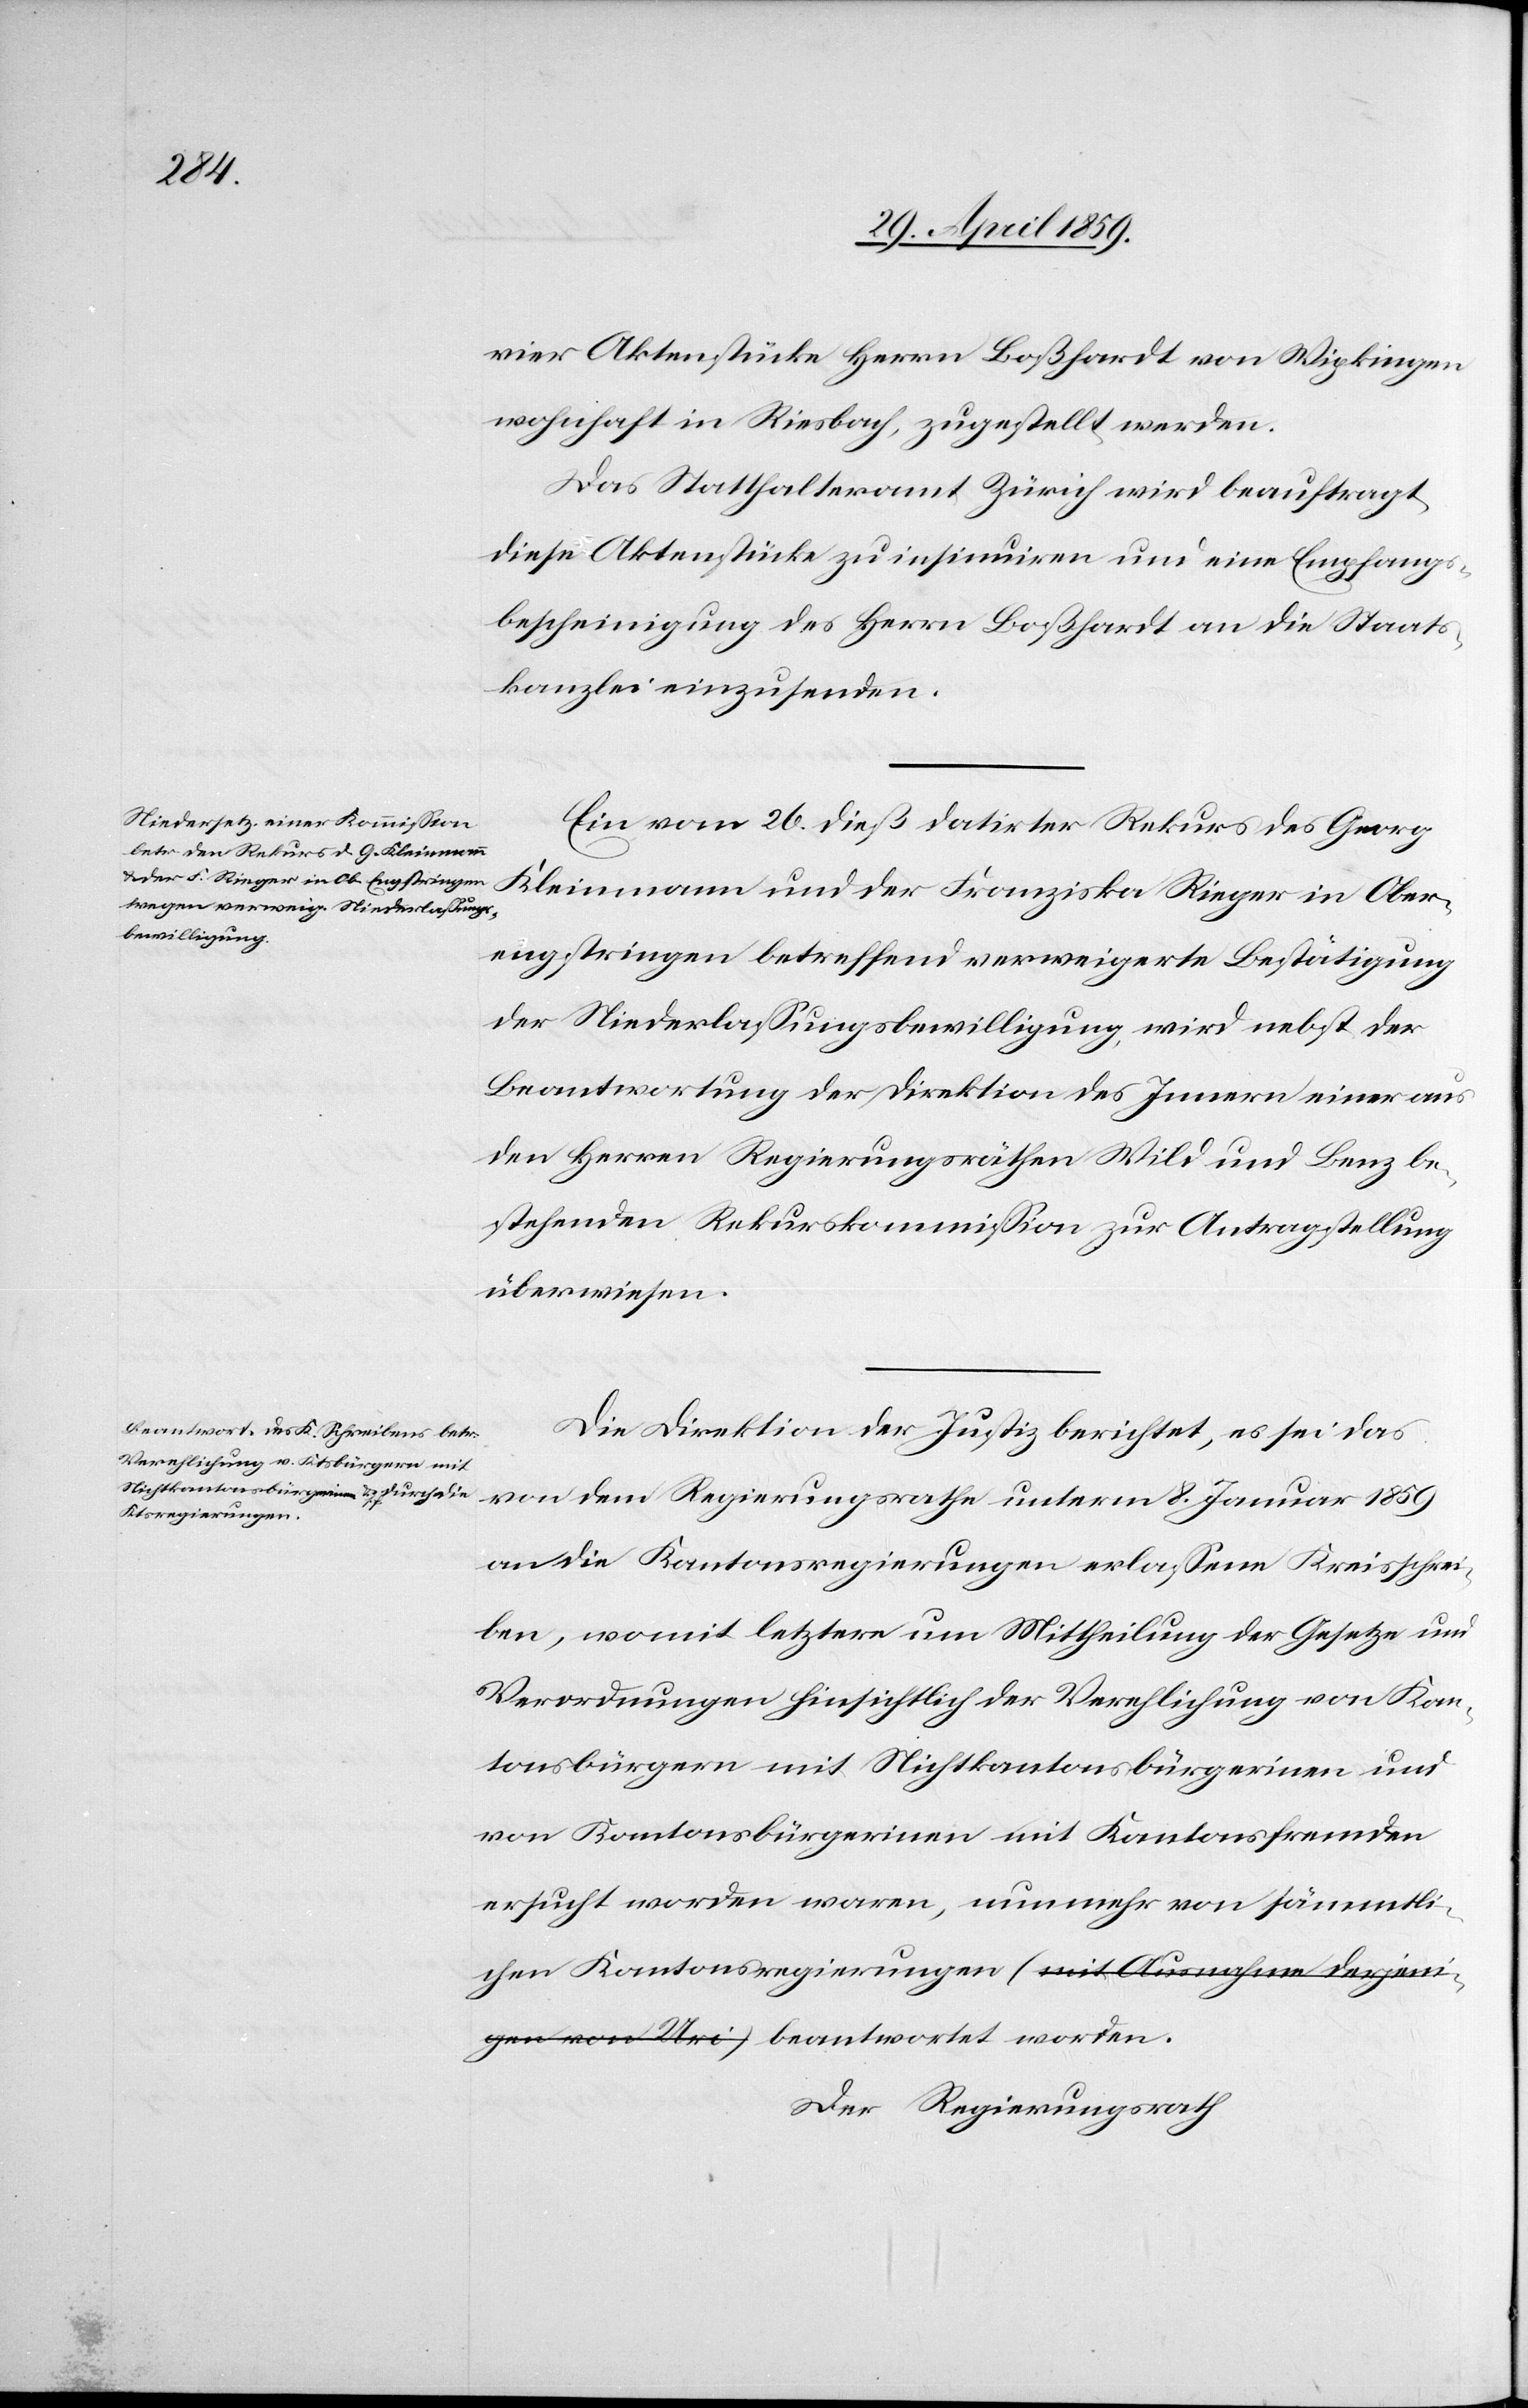
derjeni¬

vier Aktenstücke Herrn Boßhardt von Wipkingen
wohnhaft in Riesbach, zugestellt werden.
Das Statthalteramt Zürich wird beauftragt,
diese Aktenstücke zu insinuiren und eine Empfangs¬
bescheinigung des Herrn Boßhardt an die Staats¬
kanzlei einzusenden.
Ein vom 26. dieß datirter Rekurs des Georg
Kleinmann und der Franziska Rieger in Ober¬
engstringen betreffend verweigerte Bestätigung
der Niederlaßungsbewilligung, wird nebst der
Beantwortung der Direktion des Innern einer aus
den Herren Regierungsräthen Wild und Benz be¬
stehenden Rekurskommißion zur Antragstellung
überwiesen.
Die Direktion der Justiz berichtet, es sei das
von dem Regierungsrathe unterm 8. Januar 1859
an die Kantonsregierungen erlaßene Kreisschrei¬
ben, womit letztere um Mittheilung der Gesetze und
Verordnungen hinsichtlich der Verehlichung von Kan¬
tonsbürgern mit Nichtkantonsbürgerinen und
von Kantonsbürgerinen mit Kantonsfremden
ersucht worden waren, nunmehr von sämmtlichen
gen von Uri)-a beantwortet worden.
Der Regierungsrath